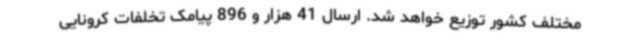
مختلف کشور توزیع خواهد شد. ارسال 41 هزار و 896 پیامک تخلفات کرونایی